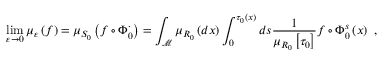
\operatorname* { l i m } _ { \varepsilon \rightarrow 0 } \mu _ { \varepsilon } \left( f \right) = \mu _ { S _ { 0 } } \left( f \circ \Phi _ { 0 } ^ { \cdot } \right) = \int _ { \mathcal { M } } \mu _ { R _ { 0 } } \left( d x \right) \int _ { 0 } ^ { \tau _ { 0 } \left( x \right) } d s \frac { 1 } { \mu _ { R _ { 0 } } \left[ \tau _ { 0 } \right] } f \circ \Phi _ { 0 } ^ { s } \left( x \right) \ ,